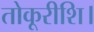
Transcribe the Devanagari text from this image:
तोकूरीशि।